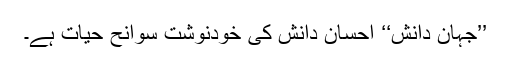
’’جہانِ دانش‘‘ احسان دانش کی خودنوشت سوانح حیات ہے۔